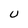
Character: U